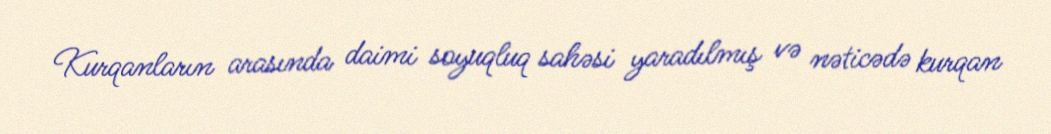
Kurqanların arasında daimi soyuqluq sahəsi yaradılmış və nəticədə kurqan